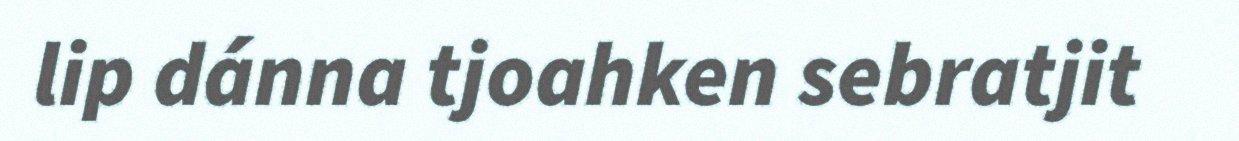
lip dánna tjoahken sebratjit